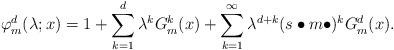
LaTeX: \begin{align*}\varphi^d_m(\lambda;x) = 1 + \sum_{k=1}^{d}\lambda^{k} G^{k}_m(x) + \sum_{k=1}^{\infty}\lambda^{d+k}(s\bullet m \bullet)^k G^{d}_m(x). \end{align*}